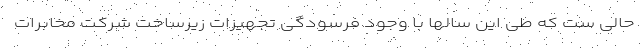
حالی ست که طی این سالها با وجود فرسودگی تجهیزات زیرساخت شرکت مخابرات